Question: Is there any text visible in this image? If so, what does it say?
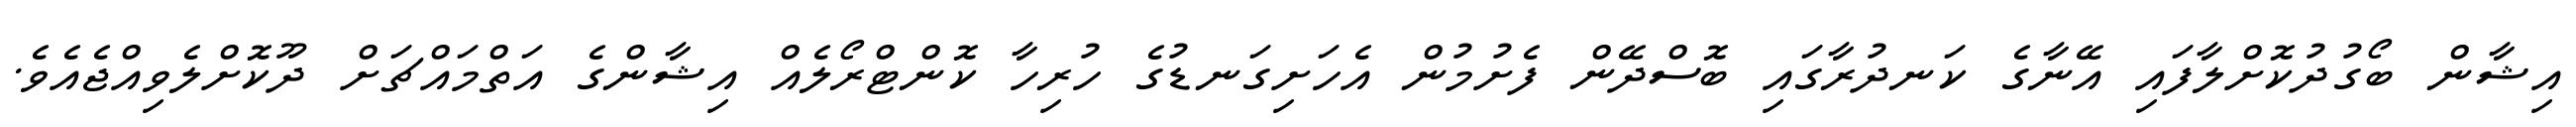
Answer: އިޝާން ބޯގުދުކޮށްލާފައި އޭނާގެ ކަނދުރާގައި ބޮސްދޭން ފެށުމުން އެހަށިގަނޑުގެ ހުރިހާ ކޮންޓްރޯލެއް އިޝާންގެ އަތްމައްޗަށް ދޫކޮށްލެވިއްޖެއެވެ.